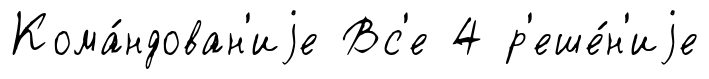
Кома́ндован'иjе Вс'е 4 р'еше́н'иjе